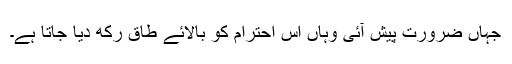
جہاں ضرورت پیش آئی وہاں اس احترام کو بالائے طاق رکھ دیا جاتا ہے۔